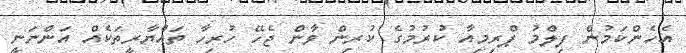
އެހެންކަމުން ފިލްމު ޕްރިމިއާ ކުރުމުގެ ކުރިން ވާން ޖެހޭ ހުރިހާ ތައްޔާރީތަކެއް އަންނަނީ